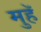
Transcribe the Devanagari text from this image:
मुहॅ